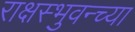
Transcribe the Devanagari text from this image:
राक्षस्भुवन्च्या